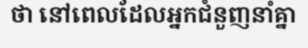
ថា នៅពេលដែលអ្នកជំនួញនាំគ្នា